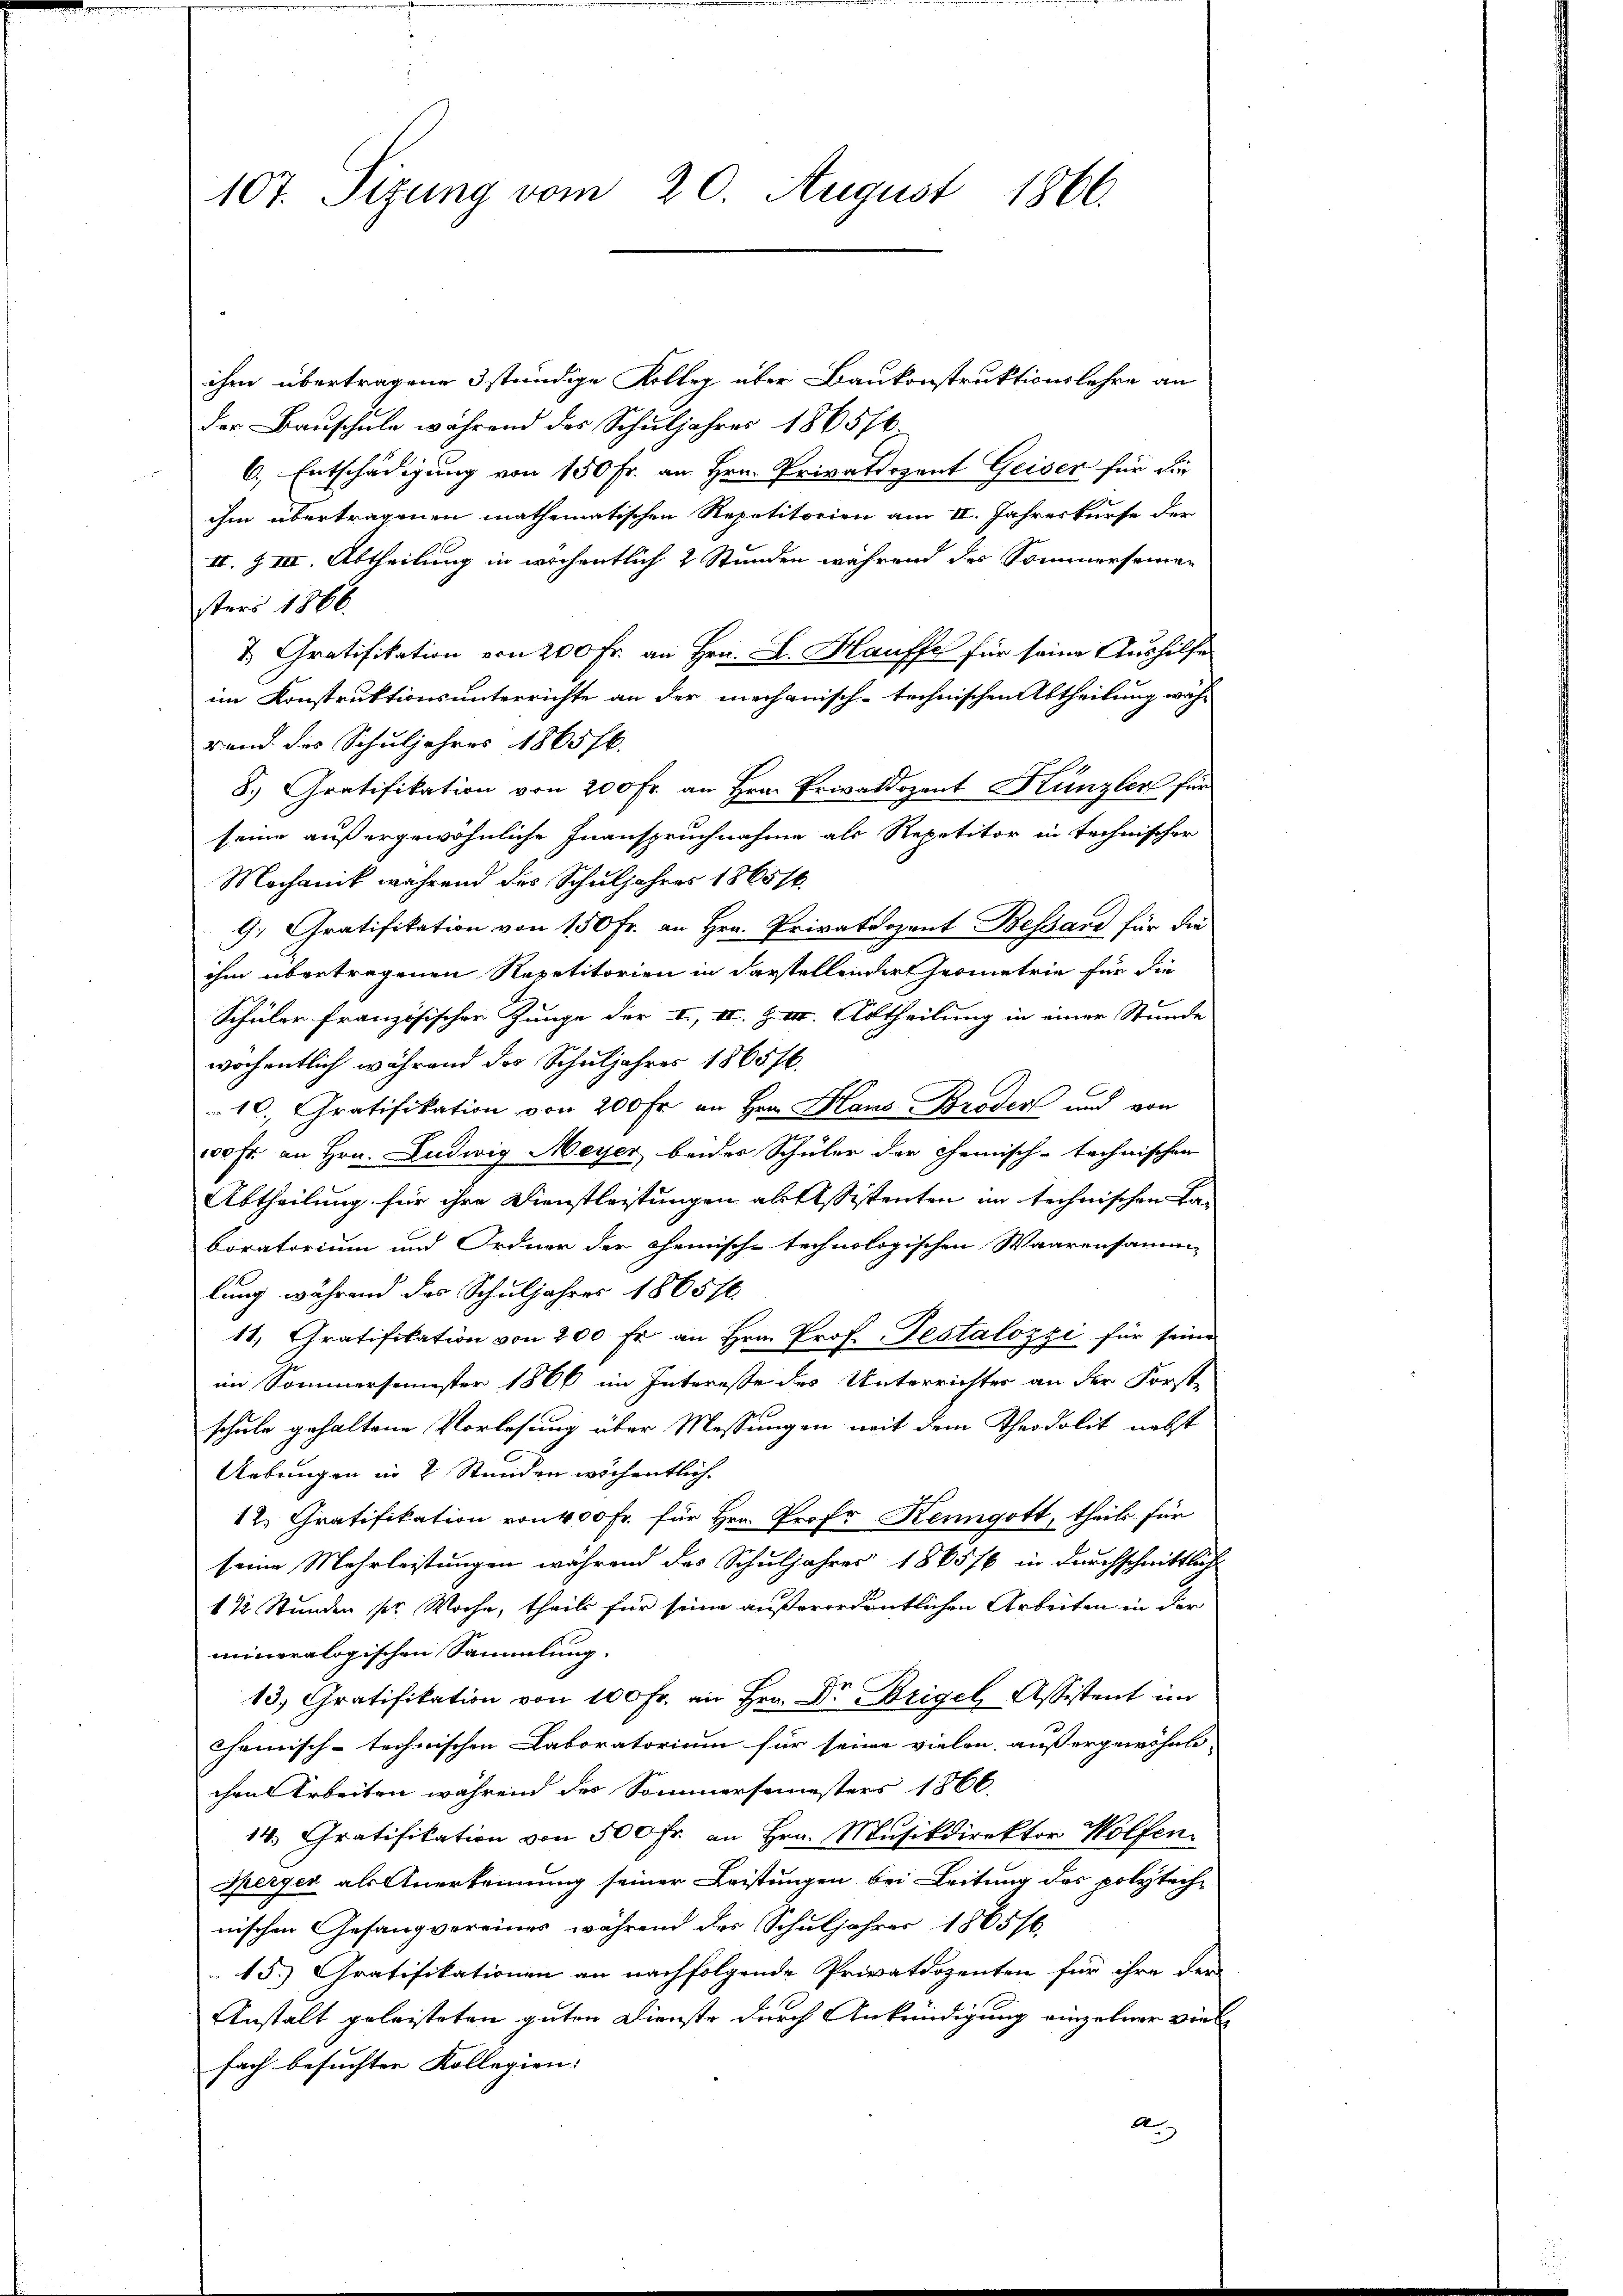
107. Sizung vom 20. August 1866.

ihm übertragene 3 stündige Kolleg über Baukonstruktionslehre an
der Bauschule während des Schuljahres 1865/6
6., Entschädigung von 150 Fr. an Hrn. Privatdozent Geiser für die
ihm übertragenen mathematischen Repetitorien am II. Jahreskurse der
II. Z VII Abtheilung in wichentlich 2 Stunden während des Sommersamen
sters 1866.
&. Gratifikation von 200 fr. an Hrn. B. Hauffe für seine Aushilfe
im Konstruktionsunterrichte an der mechanisch-technischen Abtheilung währ
rend des Schuljahres 1865 f.
8.) Gratifikation von 200 Fr. an Hrn. Privatdozent Künzler für
seine außergewöhnliche Inanspruchnahme als Repetitor in technischer
Mechanik während des Schuljahres 1865 st
9; Gratifikation von 150 Fr. an Hrn. Privatdozent Bessard für die
ihm übertragenen Repetitorien in darstellendert Geometrie für die
Schüler französischer Zunge der II, III. H. III. Abtheilung in einer Stunde
wöchentlich während das Schuljahres 1865/6.
10., Gratifikation von 200 Fr. an Hrn. Hans Broder und von
100 fr. an Hrn. Ludwig Meyer beider Schüler der chemisch-technischen
Abtheilung für ihre Dienstleistungen ab Assistenten im technischen Laboratorium und Ordnen der chemische technologischen Waarensamm-
lung während des Schuljahres 1865/6.
11. Gratifikation von 200 fr. an Hrn. Prof. Testalozzi für seine
im Sommersemester 1866 im Interesse des Unterrichter an der Forst-
schule gehaltene Vorlesung über Messungen mit dem Theodolit nebst
2
Uebungen in 2 Stunden wöchentlich.
12. Gratifikation von 400 Fr. für Hrn. Prof. Kenngott, theils für
seine Mehrleistungen während des Schuljahres 1865/6 in durchschnittlich
1 ½ Stunden pr Woche, theils für seine außerordentlichen Arbeiten in der
mineralogischen Sammlung.
13. Gratifikation von 100 Fr. an Hrn. Dr Weigel Assistent im
Chemisch-technischen Laboratorium für seine vielen, außergewöhnli-
chen Arbeiten während des Sommersemesters 1866.
14. Gratifikation von 500 fr. an Hrn. Musikdirektor Wolfen.
Sperger als Anerkennung seiner Leistungen bei Leitung des polytech-
nischen Gesangvereines während des Schuljahrer 1865/6.
15.) Gratifikationen an nachfolgende Privatdozenten für ihre der
Anstalt geleisteten guten Dienste durch Ankündigung einzelner viel
fach besuchter Kollegien- |
An